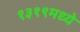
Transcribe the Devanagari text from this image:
१३१९मध्ये